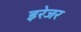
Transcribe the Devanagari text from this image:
इरेजर